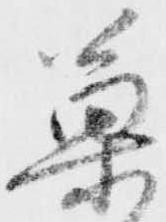
菓